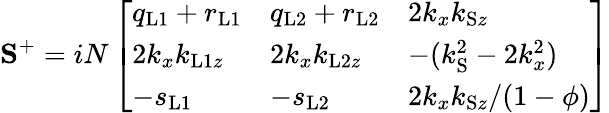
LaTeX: \mathbf{S}^{+}=iN\left[\begin{array}{lll}{q_{\mathrm{L1}}+r_{\mathrm{L1}}}&{q_{\mathrm{L2}}+r_{\mathrm{L2}}}&{2k_{x}k_{\mathrm{S}z}}\\ {2k_{x}k_{\mathrm{L1}z}}&{2k_{x}k_{\mathrm{L2}z}}&{-(k_{\mathrm{S}}^{2}-2k_{x}^{2})}\\ {-s_{\mathrm{L1}}}&{-s_{\mathrm{L2}}}&{2k_{x}k_{\mathrm{S}z}/(1-\phi)}\end{array}\right]